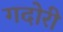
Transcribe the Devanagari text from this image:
गदोरी